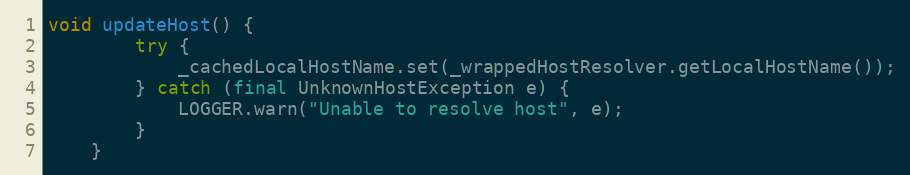
Language: Java
void updateHost() {
        try {
            _cachedLocalHostName.set(_wrappedHostResolver.getLocalHostName());
        } catch (final UnknownHostException e) {
            LOGGER.warn("Unable to resolve host", e);
        }
    }